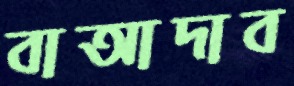
বাআদাব